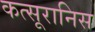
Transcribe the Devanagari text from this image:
कत्सूरानिस